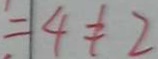
= 4 \neq 2